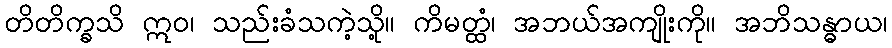
တိတိက္ခသိ ဣဝ၊ သည်းခံသကဲ့သို့။ ကိမတ္ထံ၊ အဘယ်အကျိုးကို။ အဘိသန္ဓာယ၊